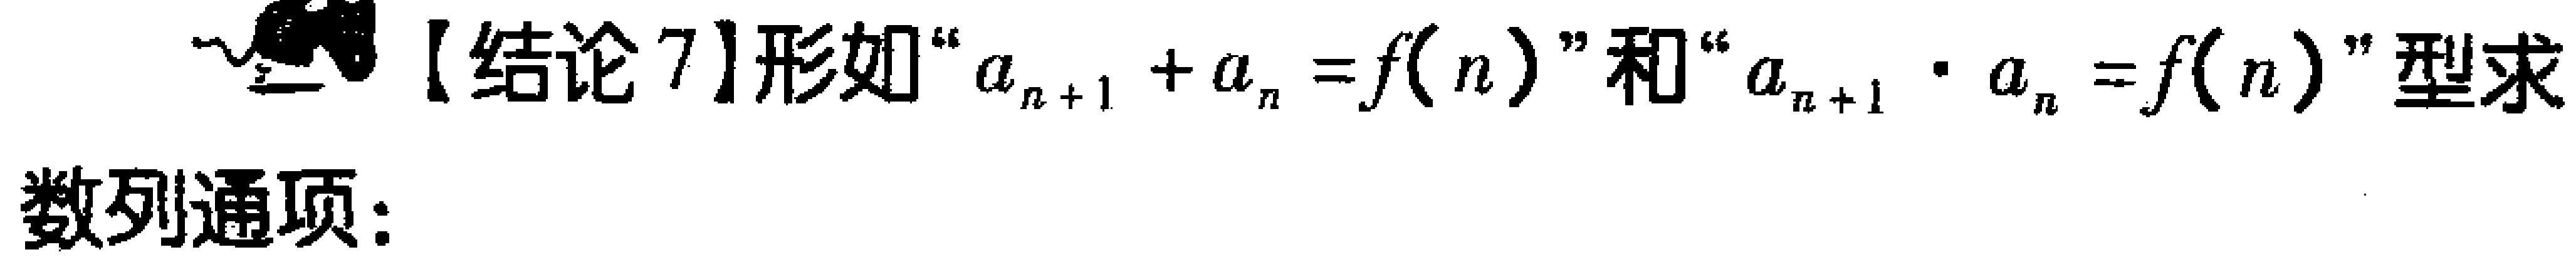
【结论7】形如“\(a_{n + 1} + a_{n} = f(n)\)”和“\(a_{n + 1} \cdot a_{n} = f(n)\)”型求
数列通项：